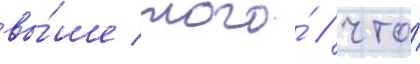
вы́ше того́ / что́